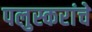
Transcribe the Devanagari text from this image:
पलुस्करांचे